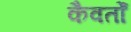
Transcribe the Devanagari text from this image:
कैवर्तों